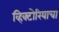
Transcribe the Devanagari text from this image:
व्हिक्टोरियाचा